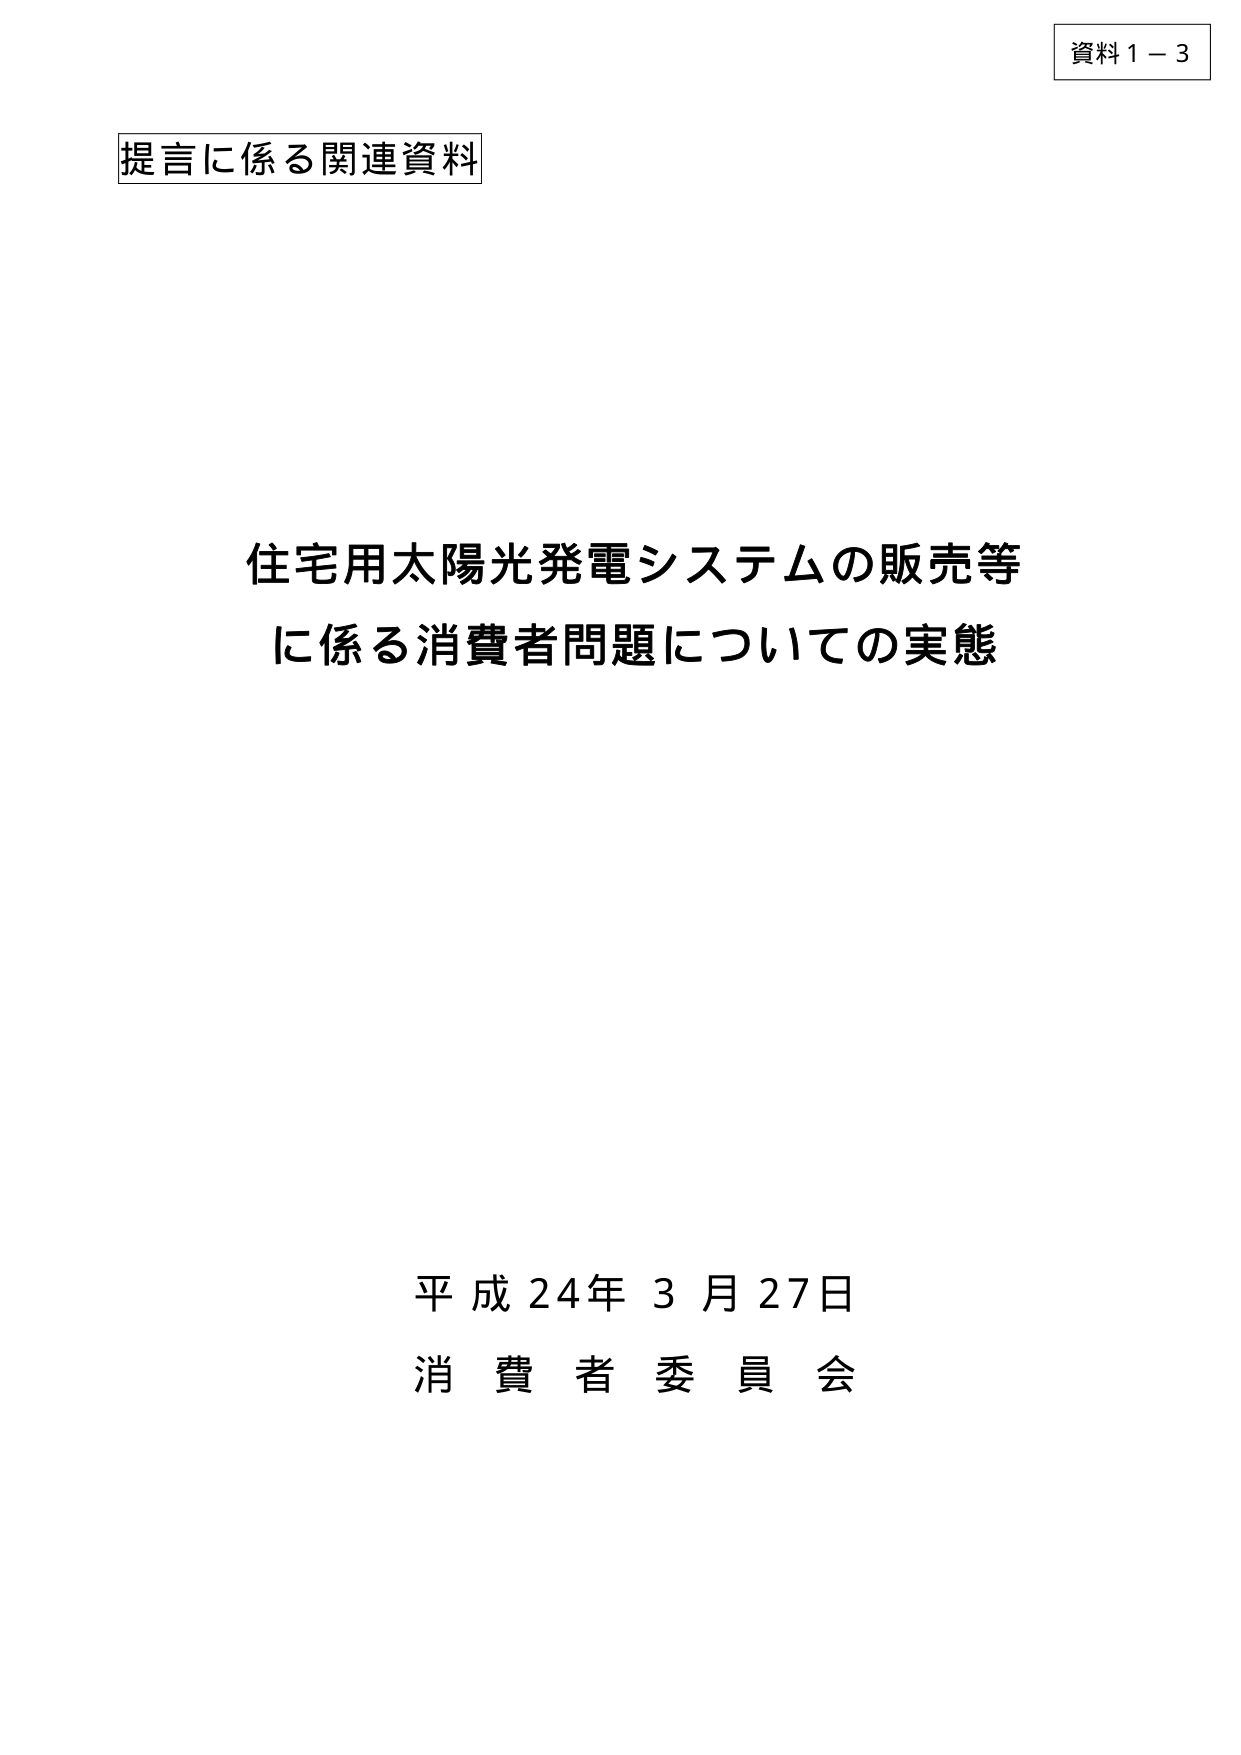
資料１－３
提言に係る関連資料
住宅用太陽光発電システムの販売等
に係る消費者問題についての実態
平成24年3月27日
消費者委員会